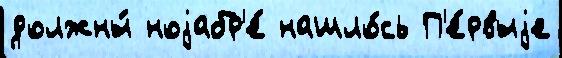
должны́ ноjабр'е́ нашло́сь П'е́рвыjе